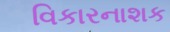
વિકારનાશક